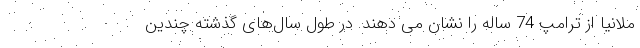
ملانیا از ترامپ 74 ساله را نشان می دهند. در طول سال‌های گذشته چندین